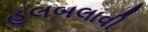
હલબલાવી